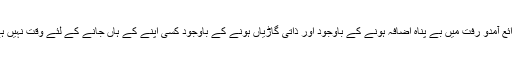
ذرائع آمدو رفت میں بے پناہ اضافہ ہونے کے باوجود اور ذاتی گاڑیاں ہونے کے باوجود کسی اپنے کے ہاں جانے کے لئے وقت نہیں ہے۔